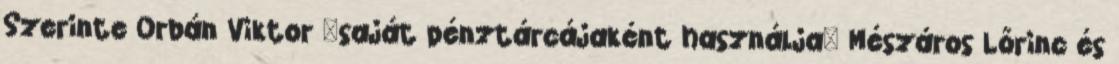
Szerinte Orbán Viktor "saját pénztárcájaként használja" Mészáros Lőrinc és